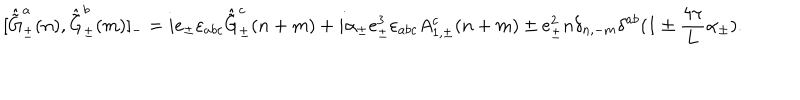
[ \hat { \tilde { \mathrm { G } } } _ { \pm } ^ { a } ( n ) , \hat { \tilde { \mathrm { G } } } _ { \pm } ^ { b } ( m ) ] _ { - } = i e _ { \pm } \varepsilon _ { a b c } \hat { \tilde { \mathrm { G } } } _ { \pm } ^ { c } ( n + m ) + i { \alpha } _ { \pm } e _ { \pm } ^ { 3 } \varepsilon _ { a b c } A _ { 1 , \pm } ^ { c } ( n + m ) \pm e _ { \pm } ^ { 2 } n \delta _ { n , - m } \delta ^ { a b } ( 1 \pm \frac { 4 \pi } { 4 \pi } { L } \alpha _ { \pm } ) .